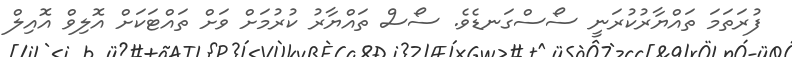
ފުރަތަމަ ތައްޔާރުކުރަނީ ސޯސްގަނޑެވެ. ސޯސް ތައްޔާރު ކުރުމަށް ވަށް ތައްޓަކަށް އޮލިވް އޮއިލް